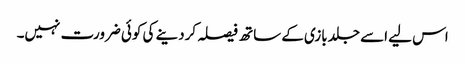
اس لیے اسے جلد بازی کے ساتھ فیصلہ کردینے کی کوئی ضرورت نہیں۔